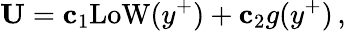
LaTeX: {\mathbf U}={\mathbf c}_{1}\mathrm{LoW}(y^{+})+{\mathbf c}_{2}g(y^{+})\, ,